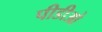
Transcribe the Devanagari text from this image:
पीडीओ